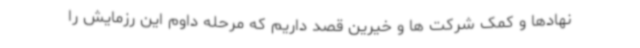
نهادها و کمک شرکت ها و خیرین قصد داریم که مرحله داوم این رزمایش را